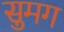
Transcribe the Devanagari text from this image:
सुमग